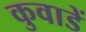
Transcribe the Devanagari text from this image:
कुवाडें